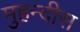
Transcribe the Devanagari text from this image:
मुहन्दीस